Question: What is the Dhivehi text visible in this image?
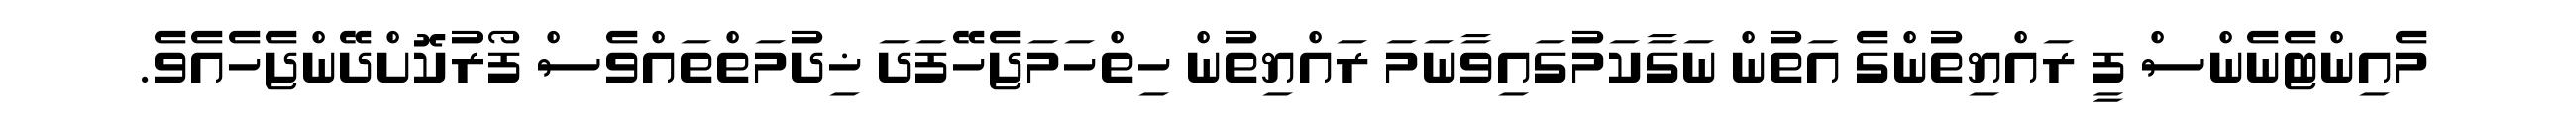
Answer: މެއިންޓެނެންސް ފީ ރައްޔިތުންގެ އަތުން ނަގާކަމުގައިވާނަމަ ރައްޔިތުން ހިތްހަމަޖެހޭފަދަ ޚިދުމަތްތައްވެސް ފޯރުކޮށްދޭންޖެހެއެވެ.